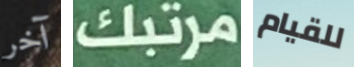
آخر مرتبك للقيام